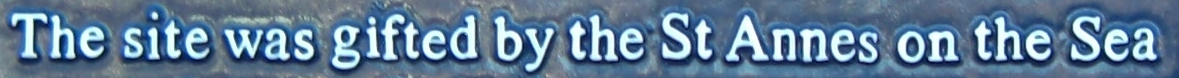
The site was gifted by the St Annes on the Sea